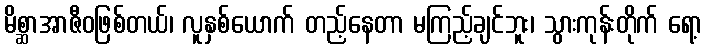
မိစ္ဆာအာဇီဝဖြစ်တယ်၊ လူနှစ်ယောက် တည့်နေတာ မကြည့်ချင်ဘူး၊ သွားကုန်းတိုက် ရော့